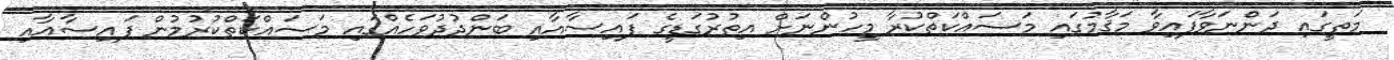
މަތީގައި ދަންނަވާފައިވާ މަޤާމުގައި މަސައްކަތްކުރާ މީހުންނަށް އިތުރުގަޑީގެ ފައިސާއާއި ބަންދުދުވަހެއްގައި މަސައްކަތްކުރުމުން ފައިސާއާއި